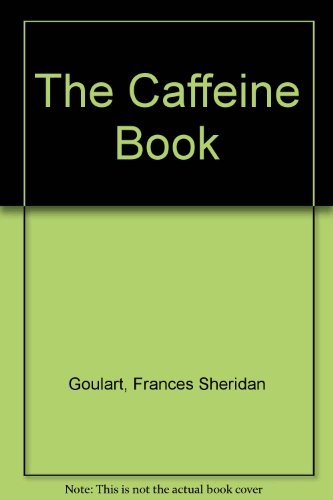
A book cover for The Caffeine Book; Frances Sheridan Goulart; Health, Fitness & Dieting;